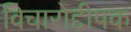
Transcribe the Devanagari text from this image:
विचारोद्दीपक